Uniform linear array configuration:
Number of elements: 8
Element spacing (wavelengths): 1
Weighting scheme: cosine
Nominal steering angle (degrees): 30
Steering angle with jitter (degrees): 29.529
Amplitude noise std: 0.05
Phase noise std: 0.05

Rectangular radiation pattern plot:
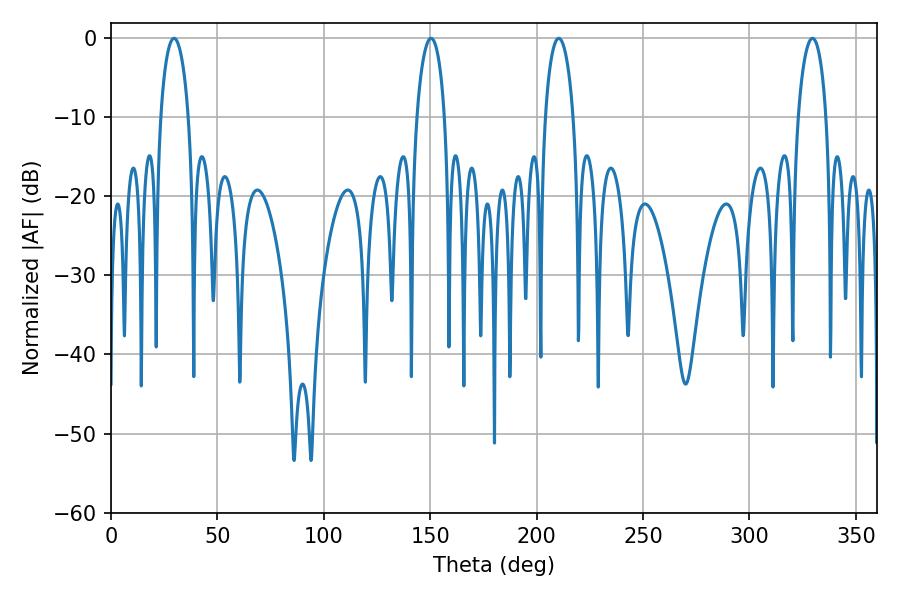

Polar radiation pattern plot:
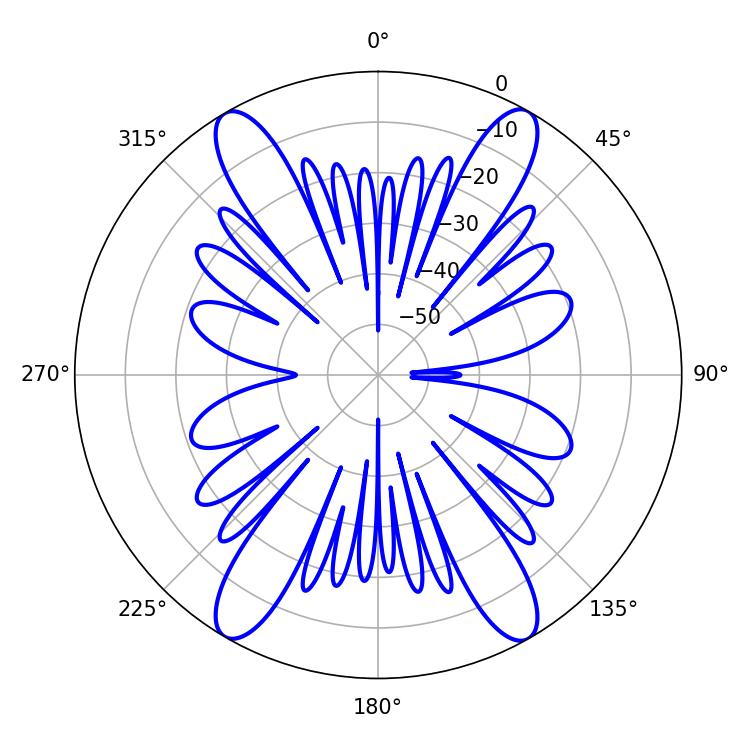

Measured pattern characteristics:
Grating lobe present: TRUE
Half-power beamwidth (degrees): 7.56
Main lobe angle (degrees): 210.42